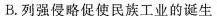
B.列强侵略促使民族工业的诞生